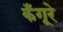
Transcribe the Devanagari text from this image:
कँगूरे